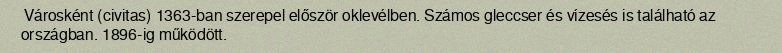
Városként (civitas) 1363-ban szerepel először oklevélben. Számos gleccser és vízesés is található az országban. 1896-ig működött.